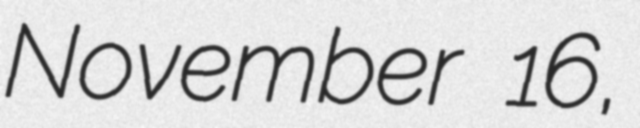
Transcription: November 16,